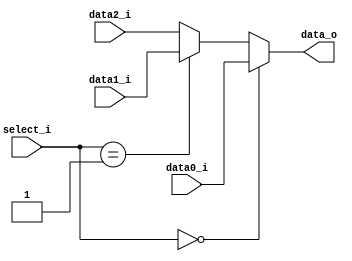
//0511097 fB0516329 R
module MUX_3to1(
               data0_i,
               data1_i,
               data2_i,
               select_i,
               data_o
               );

parameter size = 0;
			
//I/O ports               
input   [size-1:0] data0_i;          
input   [size-1:0] data1_i;
input   [size-1:0] data2_i;
input   [2-1:0] select_i;
output  [size-1:0] data_o; 

//Internal Signals
wire     [size-1:0] data_o;
//Main function
assign data_o = (select_i == 2'b00)? data0_i:
                (select_i == 2'b01)? data1_i:data2_i;

endmodule